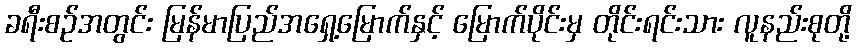
ခရီးစဉ်အတွင်း မြန်မာပြည်အရှေ့မြောက်နှင့် မြောက်ပိုင်းမှ တိုင်းရင်းသား လူနည်းစုတို့